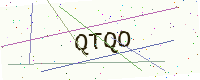
Text: QTQO